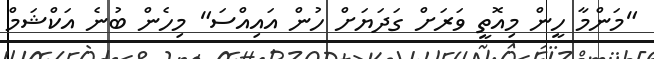
"މަންމާ ހީން މިއޮތީ ވަރަށް ގަދަޔަށް ހުން އައިއްސަ" މިހެން ބުނެ އަކްޝަމް